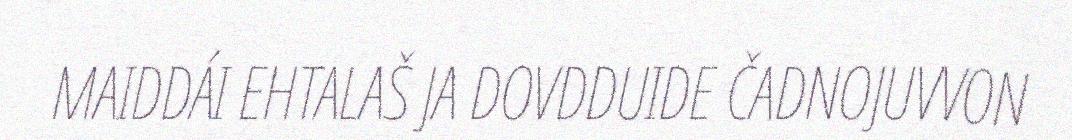
MAIDDÁI EHTALAŠ JA DOVDDUIDE ČADNOJUVVON